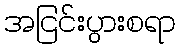
အငြင်းပွားစရာ